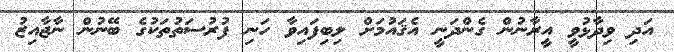
އަދި ވިދާޅުވީ އީރާނުން ގެންދަނީ އެޤައުމަށް ލިބިފައިވާ ހަނި ފުރުސަތުތަކުގެ ބޭނުން ނާޖާއިޒު